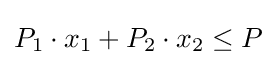
P_{1}\cdot x_{1}+P_{2}\cdot x_{2}\leq P